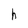
Character: h